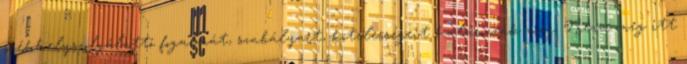
székhelyszolgálattó fogalmát, szabályait, kötelességeit határozzák meg. Nézze meg itt